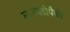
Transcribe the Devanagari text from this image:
लागवडीपैकी